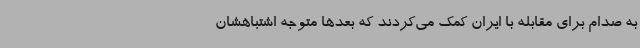
به صدام برای مقابله با ایران کمک می‌کردند که بعدها متوجه اشتباهشان